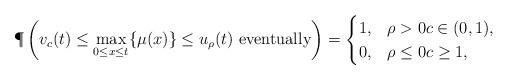
LaTeX: \begin{align*} \P\left(v_c(t) \le \max_{0\le x\le t} \{ \mu(x) \} \le u_\rho(t) \textrm{ eventually}\right)=\begin{cases} 1,&\rho>0 c\in(0,1),\\ 0,&\rho\le 0 c\ge 1,\\ \end{cases}\end{align*}